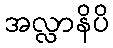
အလ္လာနိပိ